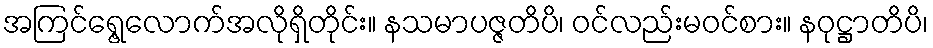
အကြင်ရွေ့လောက်အလိုရှိတိုင်း။ နသမာပဇ္ဇတိပိ၊ ဝင်လည်းမဝင်စား။ နဝုဋ္ဌာတိပိ၊